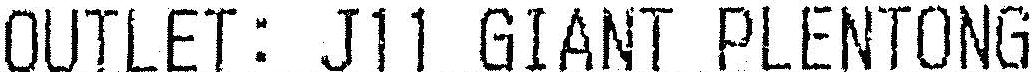
OUTLET: J11 GIANT PLENTONG